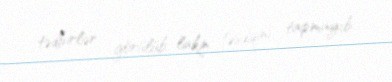
tədbirlər görülüb, lakin təsdiqini tapmayıb.